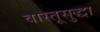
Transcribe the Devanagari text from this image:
वास्तूसुद्धा